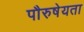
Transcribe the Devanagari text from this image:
पौरुषेयता